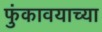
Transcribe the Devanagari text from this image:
फुंकावयाच्या